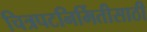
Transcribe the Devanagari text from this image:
चित्रपटनिर्मितीसाठी